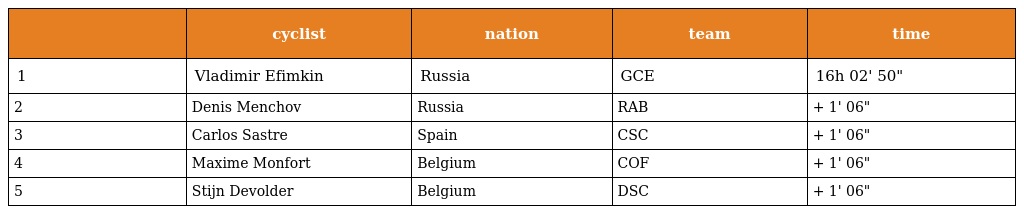
|  | cyclist | nation | team | time |
 | --- | --- | --- | --- | --- |
 | 1 | Vladimir Efimkin | Russia | GCE | 16h 02' 50" |
 | 2 | Denis Menchov | Russia | RAB | + 1' 06" |
 | 3 | Carlos Sastre | Spain | CSC | + 1' 06" |
 | 4 | Maxime Monfort | Belgium | COF | + 1' 06" |
 | 5 | Stijn Devolder | Belgium | DSC | + 1' 06" |